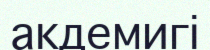
акдемигі